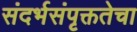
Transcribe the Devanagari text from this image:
संदर्भसंपृक्ततेचा